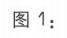
图 1：